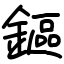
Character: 鏂